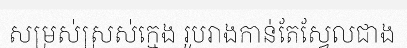
សម្រស់ស្រស់ក្មេង រូបរាងកាន់តែស្វែលជាង